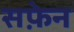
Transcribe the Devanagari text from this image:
सफ़ेन